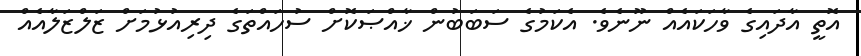
އޮތީ އާދައިގެ ވާހަކައެއް ނޫނެވެ. އެކަމުގެ ސަބަބުން ޚާއްޞަކޮށް ސުހައްތަގެ ދިރިއުޅުމަށް ޒަލްޒަލާއެއް